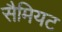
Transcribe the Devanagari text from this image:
सैमियट